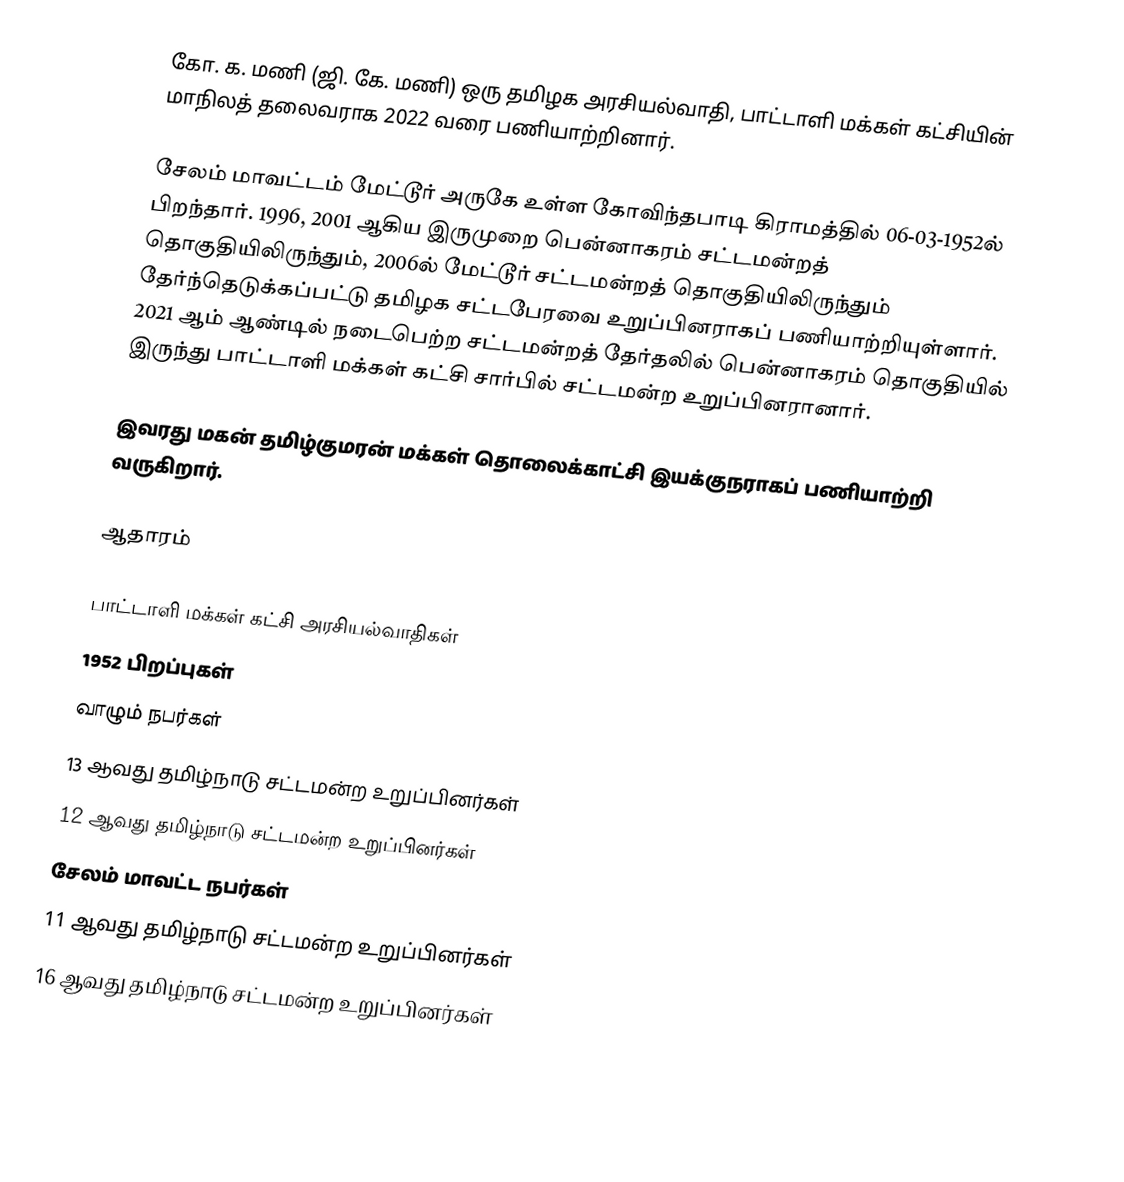
கோ. க. மணி (ஜி. கே. மணி) ஒரு  தமிழக அரசியல்வாதி, பாட்டாளி மக்கள் கட்சியின் மாநிலத் தலைவராக 2022 வரை பணியாற்றினார்.

சேலம் மாவட்டம்  மேட்டூர் அருகே உள்ள கோவிந்தபாடி கிராமத்தில் 06-03-1952ல்  பிறந்தார். 1996, 2001 ஆகிய இருமுறை பென்னாகரம் சட்டமன்றத் தொகுதியிலிருந்தும், 2006ல் மேட்டூர் சட்டமன்றத் தொகுதியிலிருந்தும் தேர்ந்தெடுக்கப்பட்டு தமிழக சட்டபேரவை உறுப்பினராகப்  பணியாற்றியுள்ளார்.   2021 ஆம் ஆண்டில் நடைபெற்ற சட்டமன்றத் தேர்தலில் பென்னாகரம் தொகுதியில் இருந்து பாட்டாளி மக்கள் கட்சி சார்பில் சட்டமன்ற உறுப்பினரானார்.

இவரது மகன் தமிழ்குமரன் மக்கள் தொலைக்காட்சி இயக்குநராகப்  பணியாற்றி வருகிறார்.

ஆதாரம்

பாட்டாளி மக்கள் கட்சி அரசியல்வாதிகள்
1952 பிறப்புகள்
வாழும் நபர்கள்
13 ஆவது தமிழ்நாடு சட்டமன்ற உறுப்பினர்கள்
12 ஆவது தமிழ்நாடு சட்டமன்ற உறுப்பினர்கள்
சேலம் மாவட்ட நபர்கள்
11 ஆவது தமிழ்நாடு சட்டமன்ற உறுப்பினர்கள்
16 ஆவது தமிழ்நாடு சட்டமன்ற உறுப்பினர்கள்